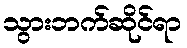
သွားဘက်ဆိုင်ရာ